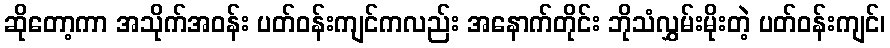
ဆိုတော့ကာ အသိုက်အဝန်း ပတ်ဝန်းကျင်ကလည်း အနောက်တိုင်း ဘိုသံလွှမ်းမိုးတဲ့ ပတ်ဝန်းကျင်၊